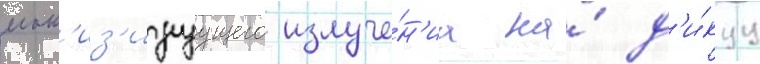
ион'из'ируущего излуче́н'иа на́ д'и́куу